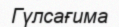
Гүлсағима